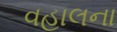
વહાલના